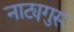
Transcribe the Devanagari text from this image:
नाट्यगुरू